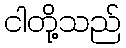
ငါတို့သည်